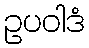
ဥပဝါဒံ